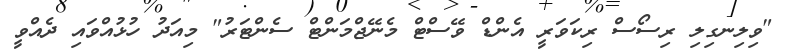
"ވިލިނގިލި ރިސޯސް ރިކަވަރީ އެންޑް ވޭސްޓް މެނޭޖްމަންޓް ސެންޓަރު" މިއަދު ހުޅުއްވައި ދެއްވީ